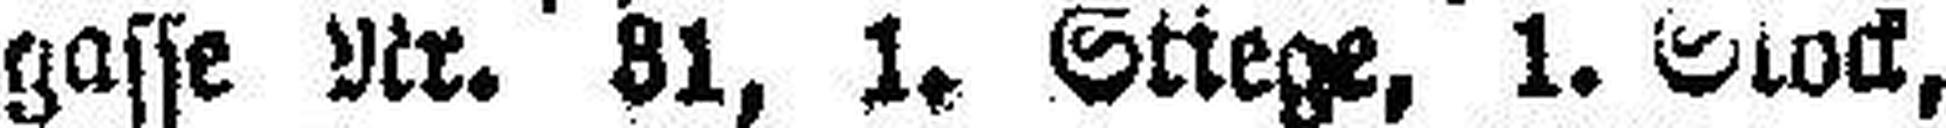
gasse Nr. 81, 1. Stiege, 1. Stock,